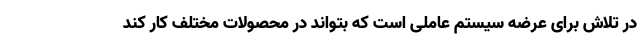
در تلاش برای عرضه سیستم عاملی است که بتواند در محصولات مختلف کار کند